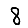
Digit: 8